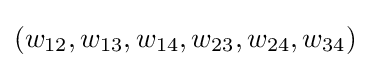
(w_{12},w_{13},w_{14},w_{23},w_{24},w_{34})